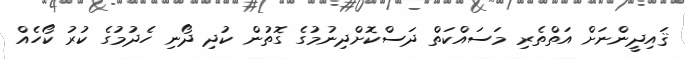
ޤައިދީންނަށް އަތްތެރި މަސައްކަތް ދަސްކޮށްދިނުމުގެ ގޮތުން ކުދި ދޯނި ހެދުމުގެ ކުރު ކޯހެއް